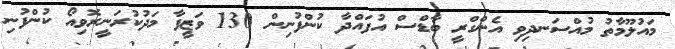
މައުލޫމާތު މުއްސަނދިވި އެންގްރީ ބާޑްސް އުފައްދާ ކުންފުނިން 130 ވަޒީފާ މަދުކުރަނީރޮވިއޯ ކުންފުނި